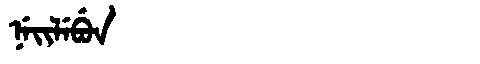
Manchu: ᠨᡝᡳᠯᡝᠪᡠᠨ
Romanization: NEILEBUN